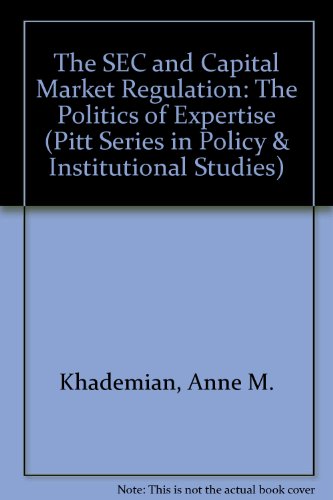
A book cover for The Sec and Capital Market Regulation: The Politics of Expertise (Pitt Series in Policy and Institutional Studies); Anne M. Khademian; Law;